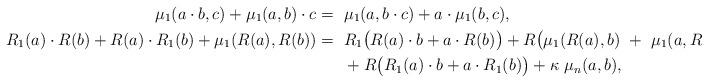
LaTeX: \begin{align*}\mu_1 (a \cdot b, c) + \mu_1 (a,b) \cdot c =~& \mu_1 (a, b \cdot c) + a \cdot \mu_1 (b, c), \\R_1 (a) \cdot R(b) + R(a) \cdot R_1(b) + \mu_1 (R(a) , R(b)) =~& R_1 \big( R(a) \cdot b + a \cdot R(b) \big) + R \big( \mu_1 (R(a), b) ~+~ \mu_1 (a, R(b)) \big) \\~&+ R \big( R_1(a) \cdot b + a \cdot R_1(b) \big) + \kappa ~ \mu_n (a, b), \end{align*}